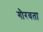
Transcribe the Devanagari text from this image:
गौरवता